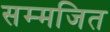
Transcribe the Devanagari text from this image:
सम्मजित